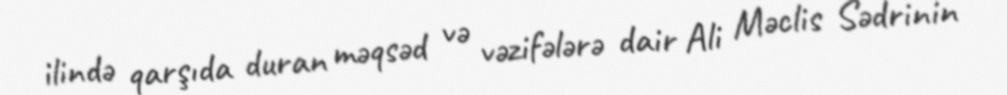
ilində qarşıda duran məqsəd və vəzifələrə dair Ali Məclis Sədrinin